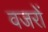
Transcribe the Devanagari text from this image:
वजरों